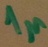
Text: 1µ